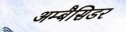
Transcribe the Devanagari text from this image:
अम्बैसिडर